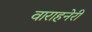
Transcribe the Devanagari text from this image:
वाराहनेरी